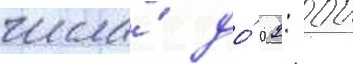
числа́ до́ 02: 00